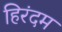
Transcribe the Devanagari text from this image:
हिरंदम